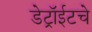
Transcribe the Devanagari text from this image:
डेट्रॉईटचे